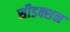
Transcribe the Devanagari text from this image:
सीडक्शन